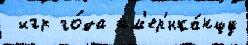
 игр го́да ам'ер'ика́нцу